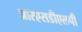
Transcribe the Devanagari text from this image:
आरएसडीएलपी